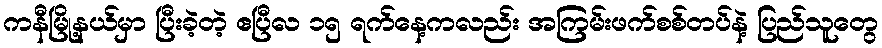
ကနီမြို့နယ်မှာ ပြီးခဲ့တဲ့ ဧပြီလ ၁၅ ရက်နေ့ကလည်း အကြမ်းဖက်စစ်တပ်နဲ့ ပြည်သူတွေ